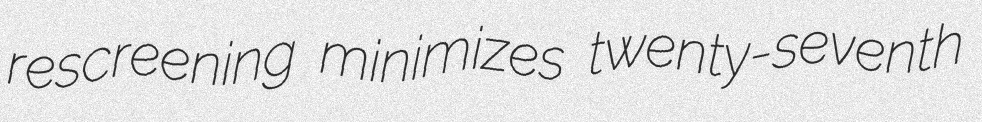
rescreening minimizes twenty-seventh